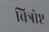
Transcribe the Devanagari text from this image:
चित्रोष्ट्र